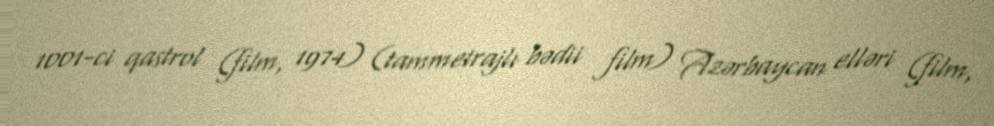
1001-ci qastrol (film, 1974) (tammetrajlı bədii film) Azərbaycan elləri (film,